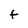
Character: f